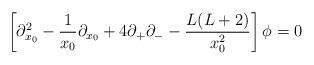
LaTeX: \begin{align*}\left[\partial_{x_0}^2 - \frac{1}{x_0}\partial_{x_0} +4\partial_{+}\partial_- - \frac{L(L+2)}{x_0^2}\right]\phi=0\end{align*}